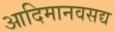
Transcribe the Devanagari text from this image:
आदिमानवसद्य